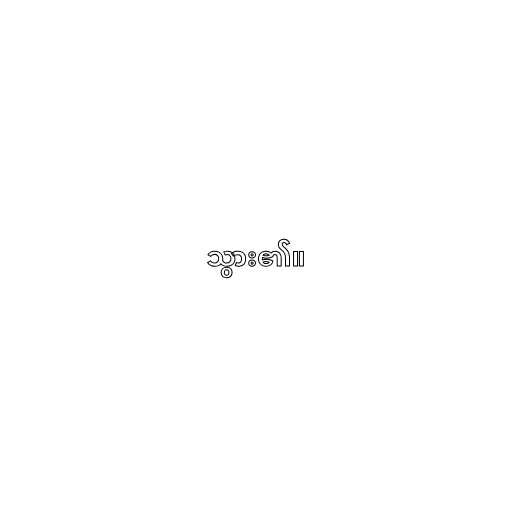
သွား၏။